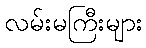
လမ်းမကြီးများ